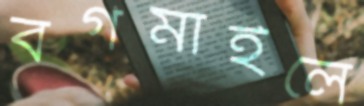
বর্গমাইলে